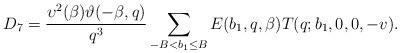
LaTeX: \begin{align*}D_7=\frac{\upsilon^2(\beta)\vartheta(-\beta,q)}{q^3}\sum_{\substack{-B<b_1\le B}}E(b_1,q,\beta)T(q;b_1,0,0,-v).\end{align*}